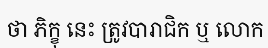
ថា ភិក្ខុ នេះ ត្រូវបារាជិក ឬ លោក